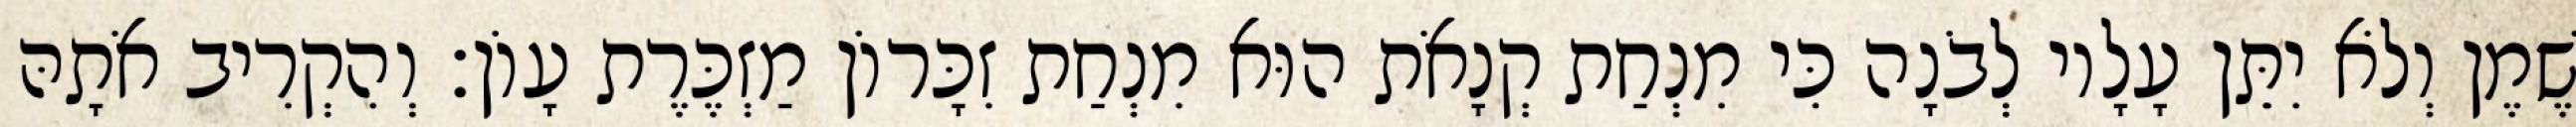
שֶׁמֶן וְלֹא יִתֵּן עָלָיו לְבֹנָה כִּי מִנְחַת קְנָאֹת הוּא מִנְחַת זִכָּרוֹן מַזְכֶּרֶת עָוֹן׃ וְהִקְרִיב אֹתָהּ